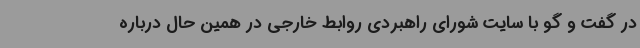
در گفت و گو با سایت شورای راهبردی روابط خارجی در همین حال درباره